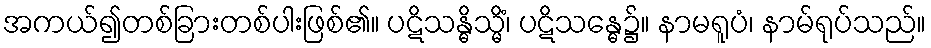
အကယ်၍တစ်ခြားတစ်ပါးဖြစ်၏။ ပဋိသန္ဓိသ္မိံ၊ ပဋိသန္ဓေ၌။ နာမရူပံ၊ နာမ်ရုပ်သည်။